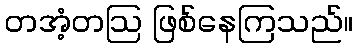
တအံ့တဩ ဖြစ်နေကြသည်။